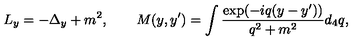
L _ { y } = - \Delta _ { y } + m ^ { 2 } , \qquad M ( y , y ^ { \prime } ) = \int \frac { \exp ( - i q ( y - y ^ { \prime } ) ) } { q ^ { 2 } + m ^ { 2 } } d _ { 4 } q ,